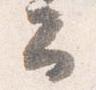
公